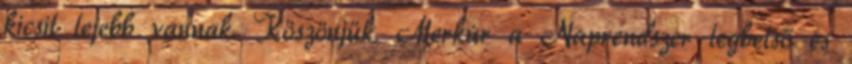
kicsit lejebb vannak. Köszönjük. Merkúr a Naprendszer legbelső és